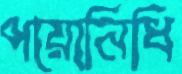
পয়োনিধি